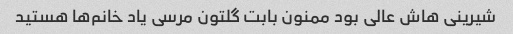
شیرینی هاش عالی بود ممنون بابت گلتون مرسی یاد خانم‌ها هستید